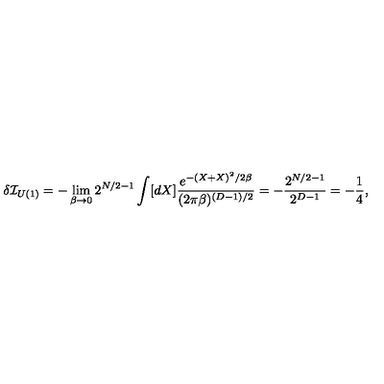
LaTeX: \delta { \cal I } _ { U ( 1 ) } = - \lim _ { \beta \rightarrow 0 } 2 ^ { N / 2 - 1 } \int [ d X ] \frac { e ^ { - ( X + X ) ^ { 2 } / 2 \beta } } { ( 2 \pi \beta ) ^ { ( D - 1 ) / 2 } } = - \frac { 2 ^ { N / 2 - 1 } } { 2 ^ { D - 1 } } = - \frac { 1 } { 4 } ,